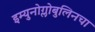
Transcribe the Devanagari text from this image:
इम्युनोग्लोबुलिनचा